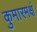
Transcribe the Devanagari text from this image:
कुमारमक्षं